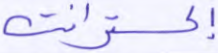
إكسترانت